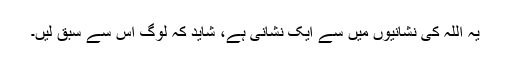
یہ اللہ کی نشانیوں میں سے ایک نشانی ہے، شاید کہ لوگ اس سے سبق لیں۔